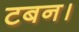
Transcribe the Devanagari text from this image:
टबन।